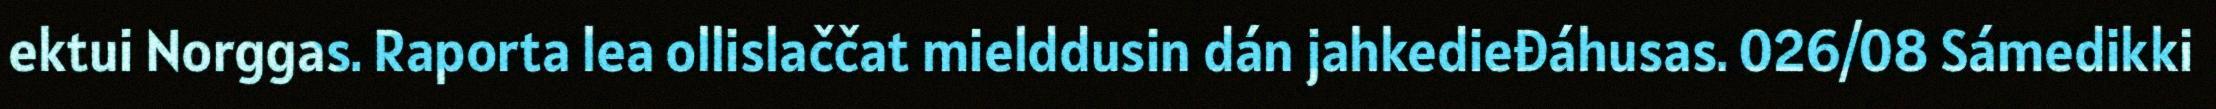
ektui Norggas. Raporta lea ollislaččat mielddusin dán jahkedieđáhusas. 026/08 Sámedikki